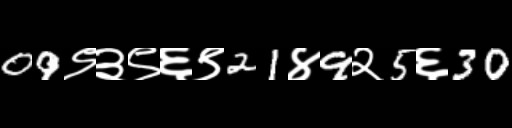
Text: 09९३९६९21४9२5६30